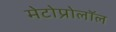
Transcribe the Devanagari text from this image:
मेटोप्रोलॉल